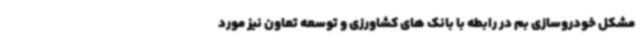
مشکل خودروسازی بم در رابطه با بانک های کشاورزی و توسعه تعاون نیز مورد